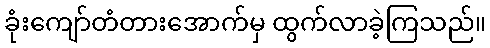
ခုံးကျော်တံတားအောက်မှ ထွက်လာခဲ့ကြသည်။